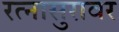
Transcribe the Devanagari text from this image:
रत्नासुरावर